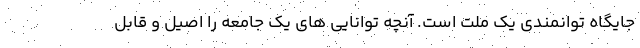
جایگاه توانمندی یک ملت است. آنچه توانایی های یک جامعه را اصیل و قابل